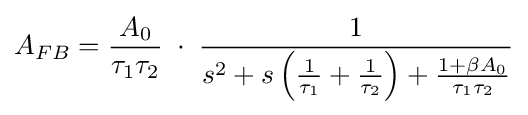
A_{FB}={\frac {A_{0}}{\tau _{1}\tau _{2}}}\;\cdot \;{\frac {1}{s^{2}+s\left({\frac {1}{\tau _{1}}}+{\frac {1}{\tau _{2}}}\right)+{\frac {1+\beta A_{0}}{\tau _{1}\tau _{2}}}}}